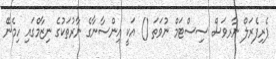
ޕެރިފެރަލް ނާރވަސް ސިސްޓަމް ނުވަތަ () އަކީ އިންސާނާގެ ނާރުތަކުގެ ނިޒާމްގައި ހިމެނޭ